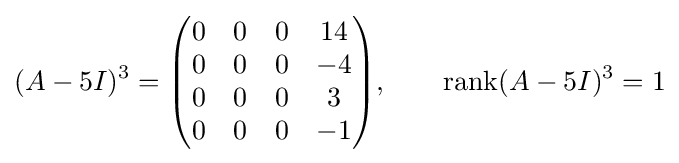
(A-5I)^{3}={\begin{pmatrix}0&0&0&14\\0&0&0&-4\\0&0&0&3\\0&0&0&-1\end{pmatrix}},\qquad \operatorname {rank} (A-5I)^{3}=1